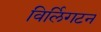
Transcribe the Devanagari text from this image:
विर्लिगटन